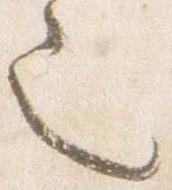
也